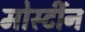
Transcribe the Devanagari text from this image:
मोर्स्टीन